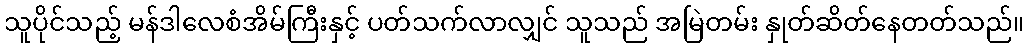
သူပိုင်သည့် မန်ဒါလေစံအိမ်ကြီးနှင့် ပတ်သက်လာလျှင် သူသည် အမြဲတမ်း နှုတ်ဆိတ်နေတတ်သည်။